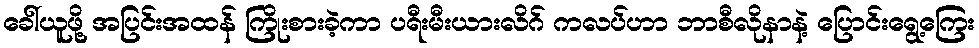
ခေါ်ယူဖို့ အပြင်းအထန် ကြိုးစားခဲ့ကာ ပရီးမီးယားလိဂ် ကလပ်ဟာ ဘာစီလိုနာနဲ့ ပြောင်းရွေ့ကြေး